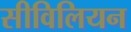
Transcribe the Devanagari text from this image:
सीविलियन